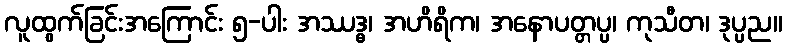
လူထွက်ခြင်းအကြောင်း ၅-ပါး အဿဒ္ဓ၊ အဟိရိက၊ အနောပတ္တပ္ပ၊ ကုသီတ၊ ဒုပ္ပည။